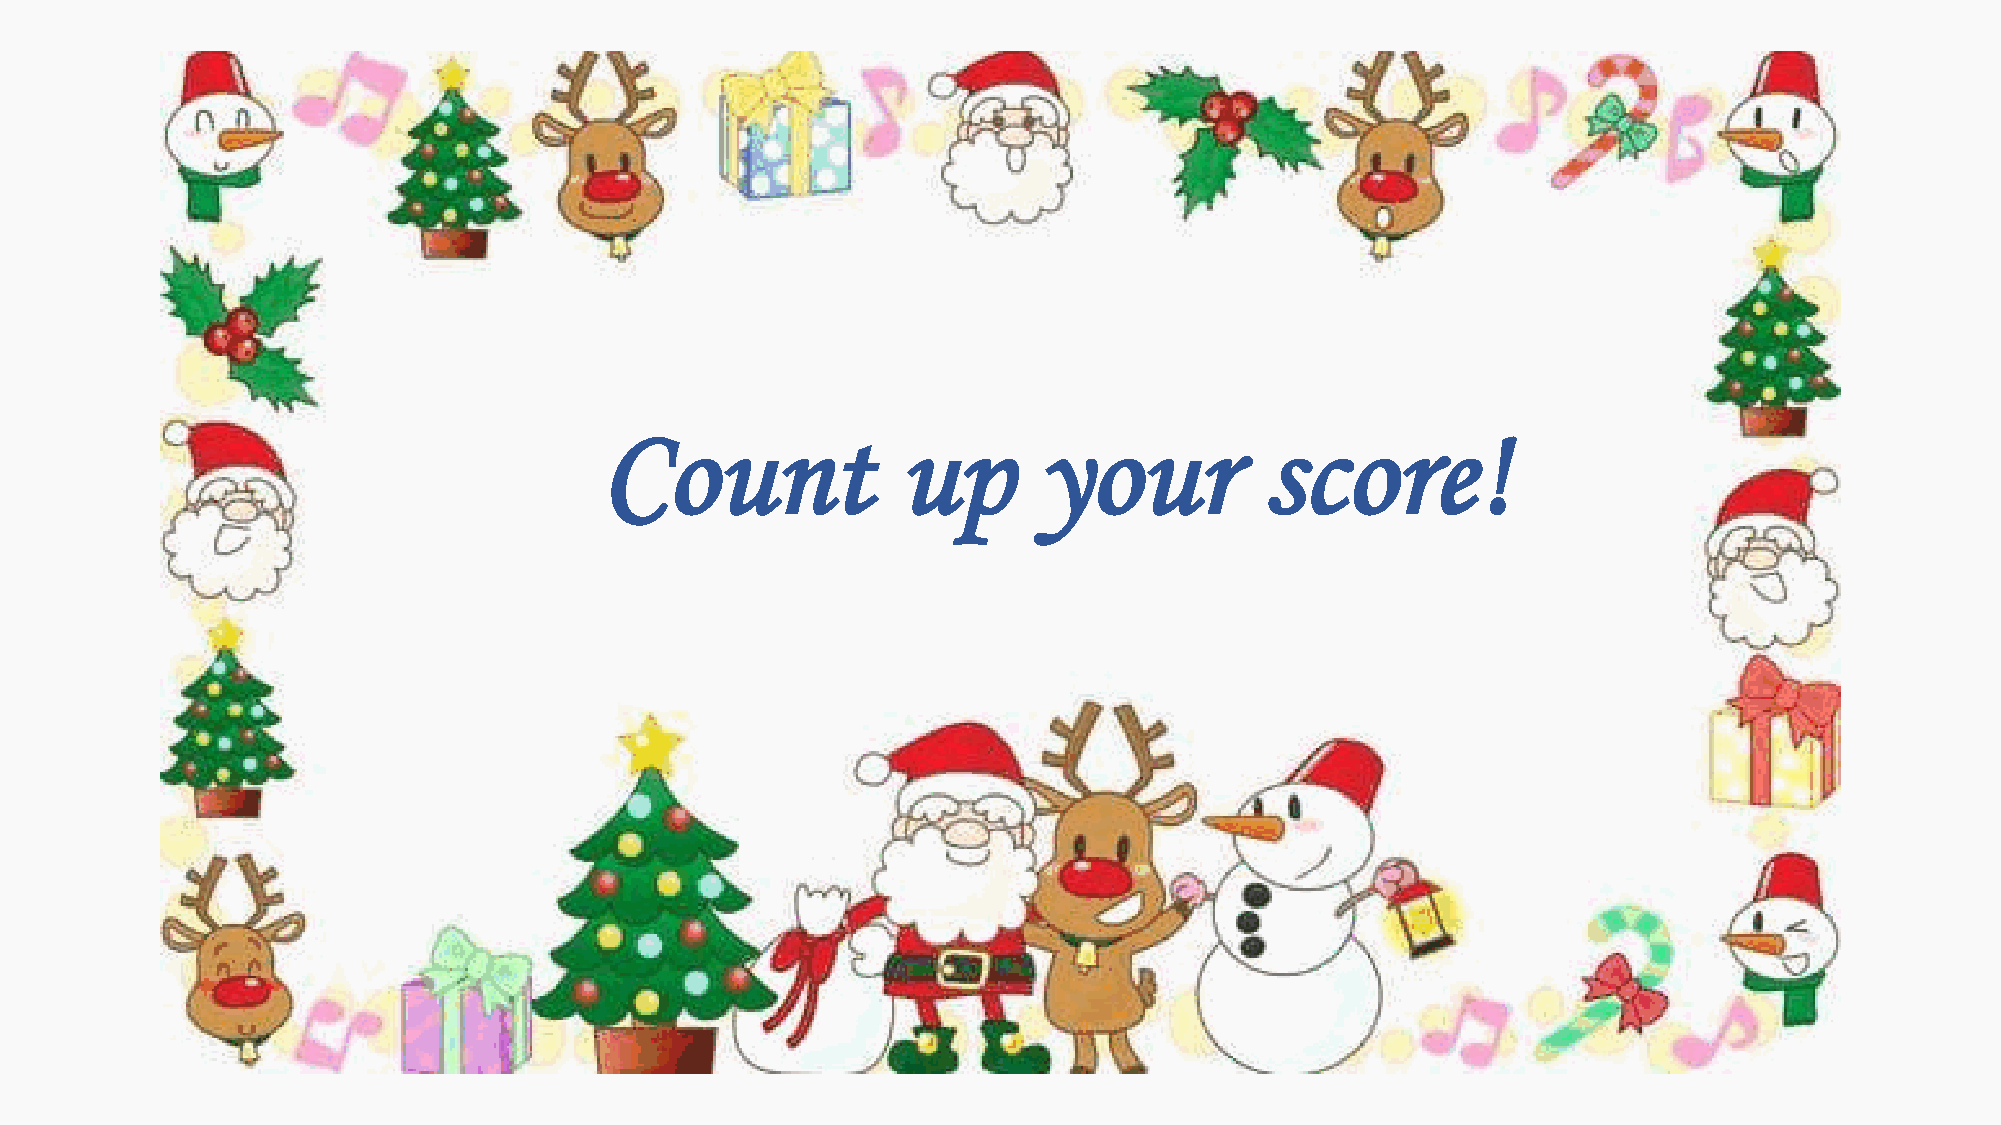
Count              up        your           score!